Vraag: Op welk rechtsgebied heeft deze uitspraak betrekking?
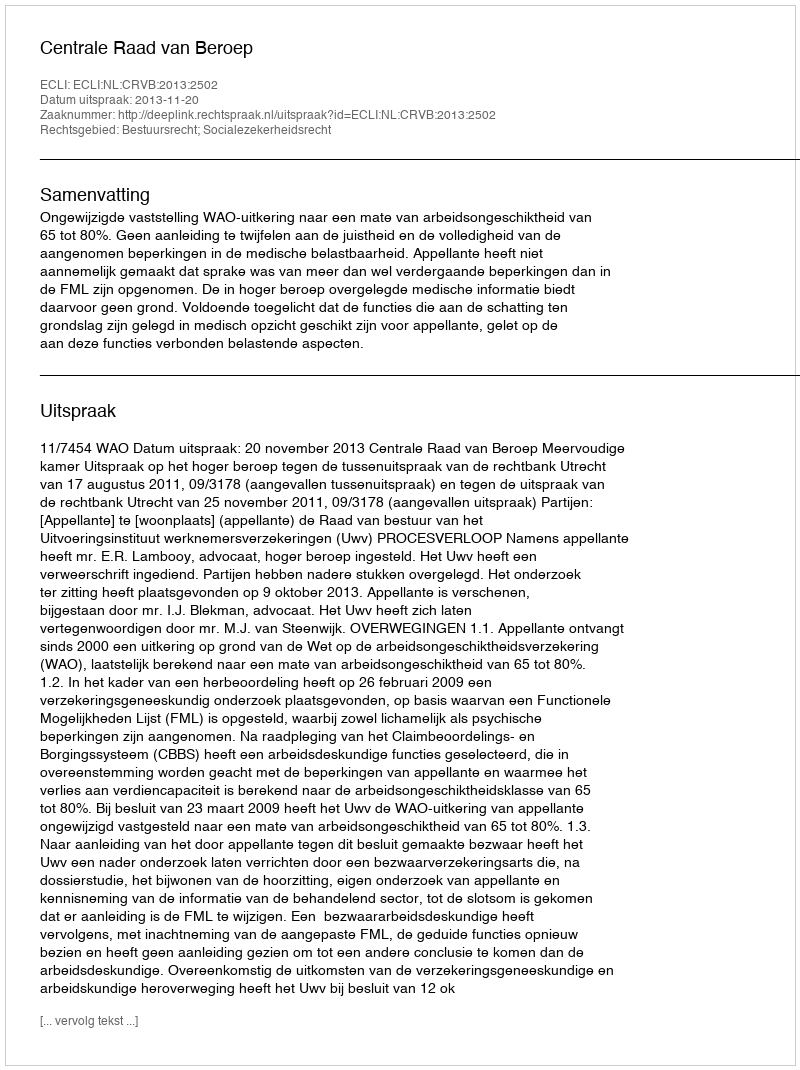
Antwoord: Bestuursrecht; Socialezekerheidsrecht